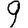
Digit: 9